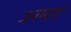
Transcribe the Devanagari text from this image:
जनमार्ग